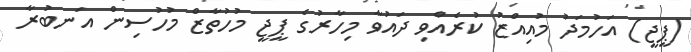
(ޕީޖީ) އަހުމަދު މުއިއްޒު ކުރެއްވި ދައުވާ މިހާރުގެ ޕީޖީ މުހުތާޒް މުހުސިން އަނބުރާ